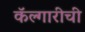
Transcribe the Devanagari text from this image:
कॅल्गारीची